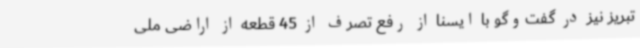
تبریز نیز در گفت‌وگو با ایسنا از رفع تصرف از 45 قطعه از اراضی ملی